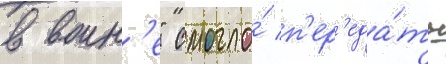
в воин'е" смогло́ п'ер'еда́ть